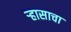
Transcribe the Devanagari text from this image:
र्‍हासाचा